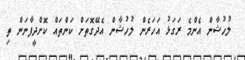
ލުހުޝާން އެންމެ ރަގަޅު އަހަރެން ލުހުޝާން އެދޭގޮތަށް ކަންތައް ކޮށްދީފާނަން ތި